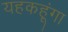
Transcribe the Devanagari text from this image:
यहकहूंगा